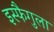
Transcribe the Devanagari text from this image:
इस्फैगुला